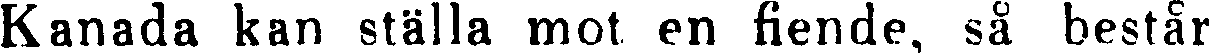
Kanada kan ställa mot en fiende, så består